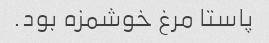
پاستا مرغ خوشمزه بود.